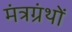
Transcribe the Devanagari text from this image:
मंत्रग्रंथों